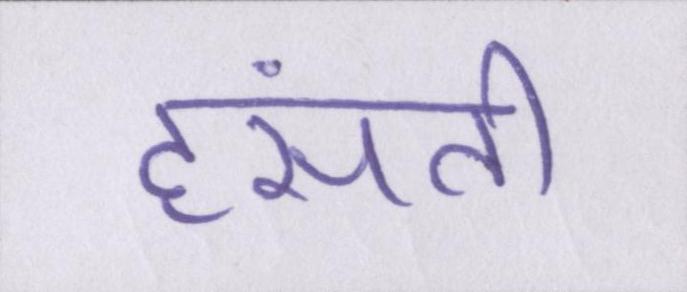
हंसती